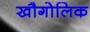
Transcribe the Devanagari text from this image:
खौगोलिक